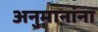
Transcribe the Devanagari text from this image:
अनुमानांना